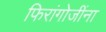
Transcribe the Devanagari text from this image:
फिरांगोजींना